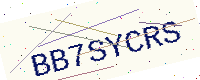
Text: BB7SYCRS